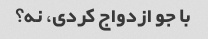
با جو ازدواج کردی، نه؟